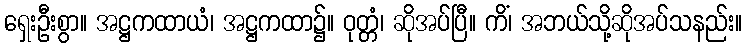
ရှေးဦးစွာ။ အဋ္ဌကထာယံ၊ အဋ္ဌကထာ၌။ ဝုတ္တံ၊ ဆိုအပ်ပြီ။ ကိံ၊ အဘယ်သို့ဆိုအပ်သနည်း။